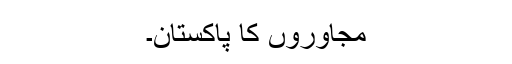
مجاوروں کا پاکستان۔